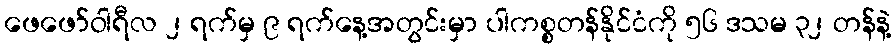
ဖေဖော်ဝါရီလ ၂ ရက်မှ ၉ ရက်နေ့အတွင်းမှာ ပါကစ္စတန်နိုင်ငံကို ၅၆ ဒသမ ၃၂ တန်နဲ့